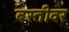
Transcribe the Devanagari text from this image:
बस्तीवर